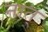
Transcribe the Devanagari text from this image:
नात्